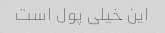
این خیلی پول است